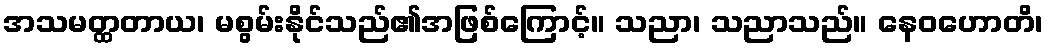
အသမတ္ထတာယ၊ မစွမ်းနိုင်သည်၏အဖြစ်ကြောင့်။ သညာ၊ သညာသည်။ နေဝဟောတိ၊